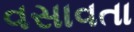
વસાવતા